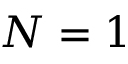
N = 1